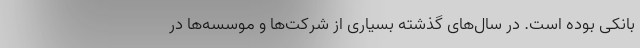
بانکی بوده است. در سال‌های گذشته بسیاری از شرکت‌ها و موسسه‌ها در